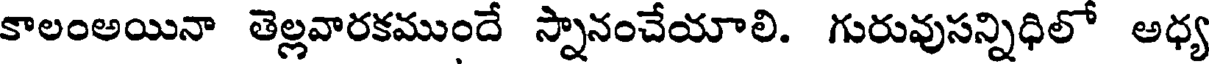
కాలంఅయినా తెల్లవారకముందే స్నానంచేయాలి. గురువుసన్నిధిలో అధ్య